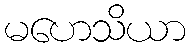
မဟေသိယာ